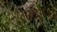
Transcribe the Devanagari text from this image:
एस्टर।